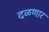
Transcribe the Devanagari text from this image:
दळणार